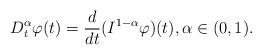
LaTeX: \begin{align*} D^{\alpha}_t\varphi (t)=\frac{d}{dt} (I^{1-\alpha}\varphi)(t), \alpha\in (0,1).\end{align*}